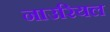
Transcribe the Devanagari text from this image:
नाउरियल